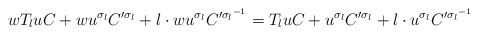
\begin{align*}wT_luC+wu^{\sigma_l}C'^{\sigma_l}+l\cdot wu^{\sigma_l}C'^{{\sigma_l}^{-1}}=T_luC+u^{\sigma_l}C'^{\sigma_l}+l\cdot u^{\sigma_l}C'^{{\sigma_l}^{-1}}\end{align*}